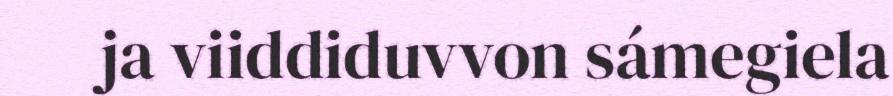
ja viiddiduvvon sámegiela